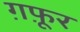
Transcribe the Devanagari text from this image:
ग़फ़ूर